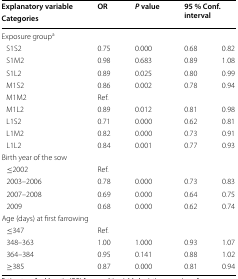
<table><thead><tr><td><b>Explanatory variable</b></td><td rowspan="2"><b>OR</b></td><td rowspan="2"><b><i>P</i> value</b></td><td rowspan="2" colspan="2"><b>95 % Conf. interval</b></td></tr><tr><td><b>Categories</b></td></tr></thead><tbody><tr><td colspan="5">Exposure group<sup>a</sup></td></tr><tr><td> S1S2</td><td>0.75</td><td>0.000</td><td>0.68</td><td>0.82</td></tr><tr><td> S1M2</td><td>0.98</td><td>0.683</td><td>0.89</td><td>1.08</td></tr><tr><td> S1L2</td><td>0.89</td><td>0.025</td><td>0.80</td><td>0.99</td></tr><tr><td> M1S2</td><td>0.86</td><td>0.002</td><td>0.78</td><td>0.94</td></tr><tr><td> M1M2</td><td>Ref.</td><td></td><td></td><td></td></tr><tr><td> M1L2</td><td>0.89</td><td>0.012</td><td>0.81</td><td>0.98</td></tr><tr><td> L1S2</td><td>0.71</td><td>0.000</td><td>0.62</td><td>0.81</td></tr><tr><td> L1M2</td><td>0.82</td><td>0.000</td><td>0.73</td><td>0.91</td></tr><tr><td> L1L2</td><td>0.84</td><td>0.001</td><td>0.77</td><td>0.93</td></tr><tr><td colspan="5">Birth year of the sow</td></tr><tr><td> ≤2002</td><td>Ref.</td><td></td><td></td><td></td></tr><tr><td> 2003–2006</td><td>0.78</td><td>0.000</td><td>0.73</td><td>0.83</td></tr><tr><td> 2007–2008</td><td>0.69</td><td>0.000</td><td>0.64</td><td>0.75</td></tr><tr><td> 2009</td><td>0.68</td><td>0.000</td><td>0.62</td><td>0.74</td></tr><tr><td colspan="5">Age (days) at first farrowing</td></tr><tr><td> ≤347</td><td>Ref.</td><td></td><td></td><td></td></tr><tr><td> 348–363</td><td>1.00</td><td>1.000</td><td>0.93</td><td>1.07</td></tr><tr><td> 364–384</td><td>0.95</td><td>0.141</td><td>0.88</td><td>1.02</td></tr><tr><td> ≥385</td><td>0.87</td><td>0.000</td><td>0.81</td><td>0.94</td></tr></tbody></table>